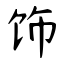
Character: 饰